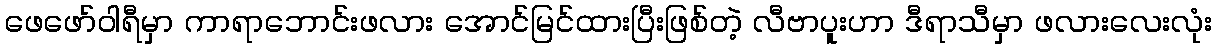
ဖေဖော်ဝါရီမှာ ကာရာဘောင်းဖလား အောင်မြင်ထားပြီးဖြစ်တဲ့ လီဗာပူးဟာ ဒီရာသီမှာ ဖလားလေးလုံး